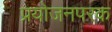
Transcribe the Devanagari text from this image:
प्रयोजनपरक